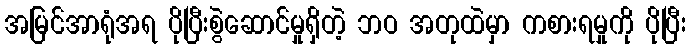
အမြင်အာရုံအရ ပိုပြီးစွဲဆောင်မှုရှိတဲ့ ဘဝ အတုထဲမှာ ကစားရမှုကို ပိုပြီး